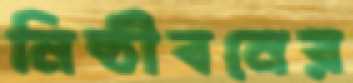
নিষ্ঠীবনের